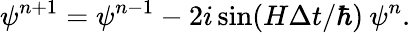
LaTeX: \psi^{n+1}=\psi^{n-1}-2i\sin(H\Delta t/\hbar)\: \psi^{n}.